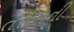
તરલાની